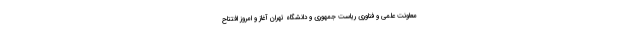
معاونت علمی و فناوری ریاست جمهوری و دانشگاه تهران آغاز و امروز افتتاح